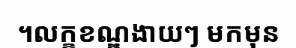
។លក្ខខណ្ឌងាយៗ មកមុន